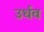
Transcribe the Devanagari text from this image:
उर्धव